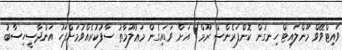
ވައިޓްވޭވް މޫންލައިޓް ހިނގުން ކޮންފަރެންސް ރޫމް) އަށް ވަޑައިގެން މަޢުލޫމާތު ސާފުކުރެއްވުމަށްފަހު އަންދާސީހިސާބު